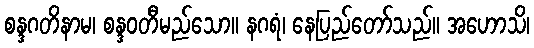
စန္ဒဂတိနာမ၊ စန္ဒဝတီမည်သော။ နဂရံ၊ နေပြည်တော်သည်။ အဟောသိ၊